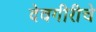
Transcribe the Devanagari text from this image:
देवगीरीचे